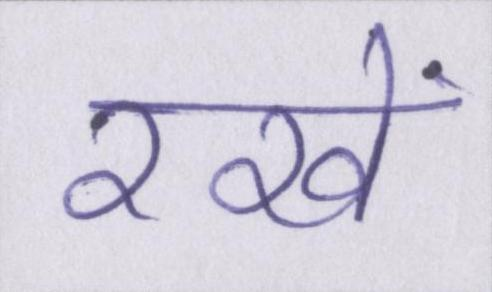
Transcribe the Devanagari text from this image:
रखें